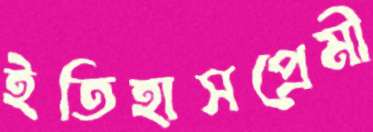
ইতিহাসপ্রেমী